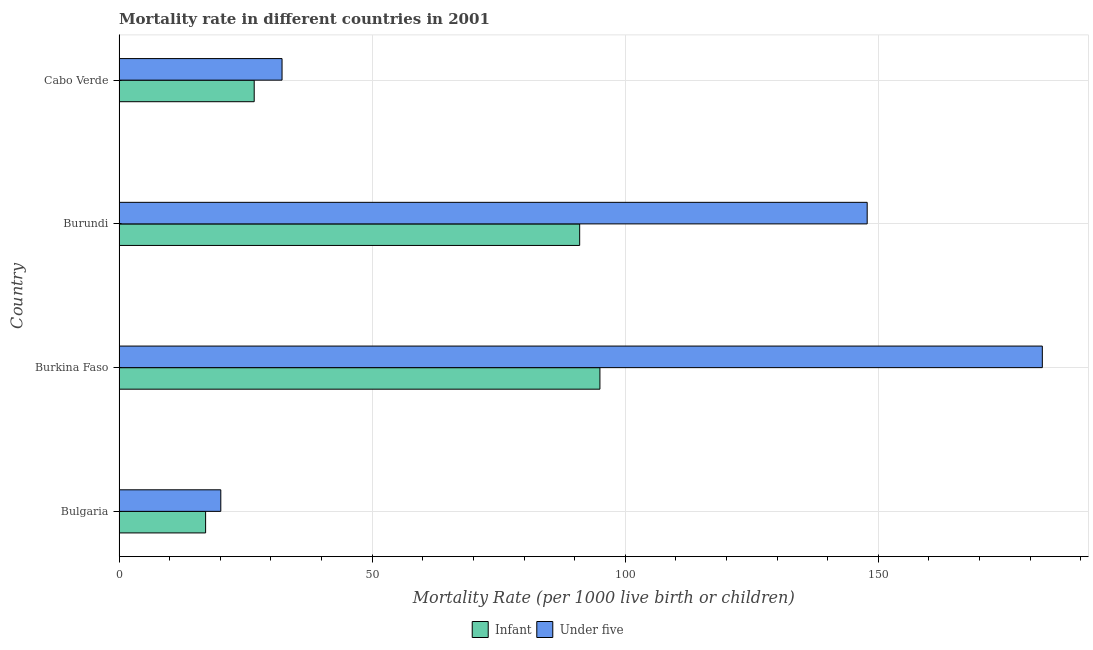
| Country | Infant | Under five |
 | --- | --- | --- |
 | Bulgaria | 17.1 | 20.1 |
 | Burkina Faso | 95 | 182 |
 | Burundi | 91 | 148 |
 | Cabo Verde | 26.7 | 32.2 |